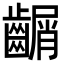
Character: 𪙑